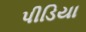
પીડિયા